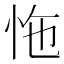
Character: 𢘬